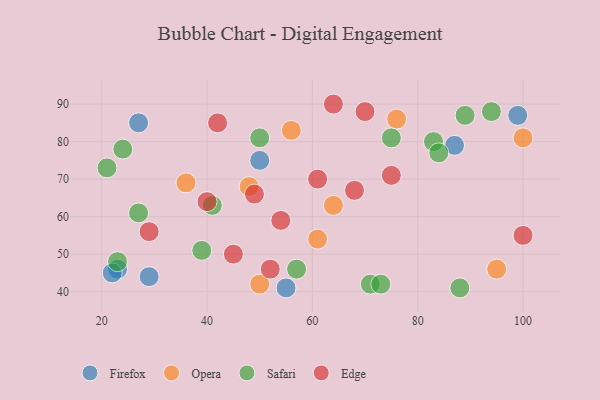
{"axis": {"x": "GDP", "y": "Life Expectancy"}, "legend": ["Edge", "Firefox", "Opera", "Safari"], "data": [{"x": "29", "y": 44, "type": "Firefox"}, {"x": "99", "y": 87, "type": "Firefox"}, {"x": "23", "y": 46, "type": "Firefox"}, {"x": "87", "y": 79, "type": "Firefox"}, {"x": "27", "y": 85, "type": "Firefox"}, {"x": "55", "y": 41, "type": "Firefox"}, {"x": "50", "y": 75, "type": "Firefox"}, {"x": "22", "y": 45, "type": "Firefox"}, {"x": "61", "y": 54, "type": "Opera"}, {"x": "100", "y": 81, "type": "Opera"}, {"x": "95", "y": 46, "type": "Opera"}, {"x": "50", "y": 42, "type": "Opera"}, {"x": "76", "y": 86, "type": "Opera"}, {"x": "48", "y": 68, "type": "Opera"}, {"x": "56", "y": 83, "type": "Opera"}, {"x": "64", "y": 63, "type": "Opera"}, {"x": "36", "y": 69, "type": "Opera"}, {"x": "71", "y": 42, "type": "Safari"}, {"x": "83", "y": 80, "type": "Safari"}, {"x": "94", "y": 88, "type": "Safari"}, {"x": "21", "y": 73, "type": "Safari"}, {"x": "24", "y": 78, "type": "Safari"}, {"x": "84", "y": 77, "type": "Safari"}, {"x": "50", "y": 81, "type": "Safari"}, {"x": "39", "y": 51, "type": "Safari"}, {"x": "41", "y": 63, "type": "Safari"}, {"x": "23", "y": 48, "type": "Safari"}, {"x": "73", "y": 42, "type": "Safari"}, {"x": "27", "y": 61, "type": "Safari"}, {"x": "89", "y": 87, "type": "Safari"}, {"x": "75", "y": 81, "type": "Safari"}, {"x": "88", "y": 41, "type": "Safari"}, {"x": "57", "y": 46, "type": "Safari"}, {"x": "100", "y": 55, "type": "Edge"}, {"x": "29", "y": 56, "type": "Edge"}, {"x": "68", "y": 67, "type": "Edge"}, {"x": "49", "y": 66, "type": "Edge"}, {"x": "54", "y": 59, "type": "Edge"}, {"x": "42", "y": 85, "type": "Edge"}, {"x": "45", "y": 50, "type": "Edge"}, {"x": "75", "y": 71, "type": "Edge"}, {"x": "61", "y": 70, "type": "Edge"}, {"x": "52", "y": 46, "type": "Edge"}, {"x": "64", "y": 90, "type": "Edge"}, {"x": "40", "y": 64, "type": "Edge"}, {"x": "70", "y": 88, "type": "Edge"}]}